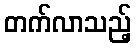
တက်လာသည့်